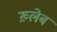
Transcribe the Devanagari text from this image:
ख़्लेब